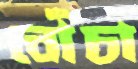
বোঁচা